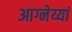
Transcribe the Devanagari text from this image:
आग्नेय्यां